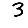
Digit: 3